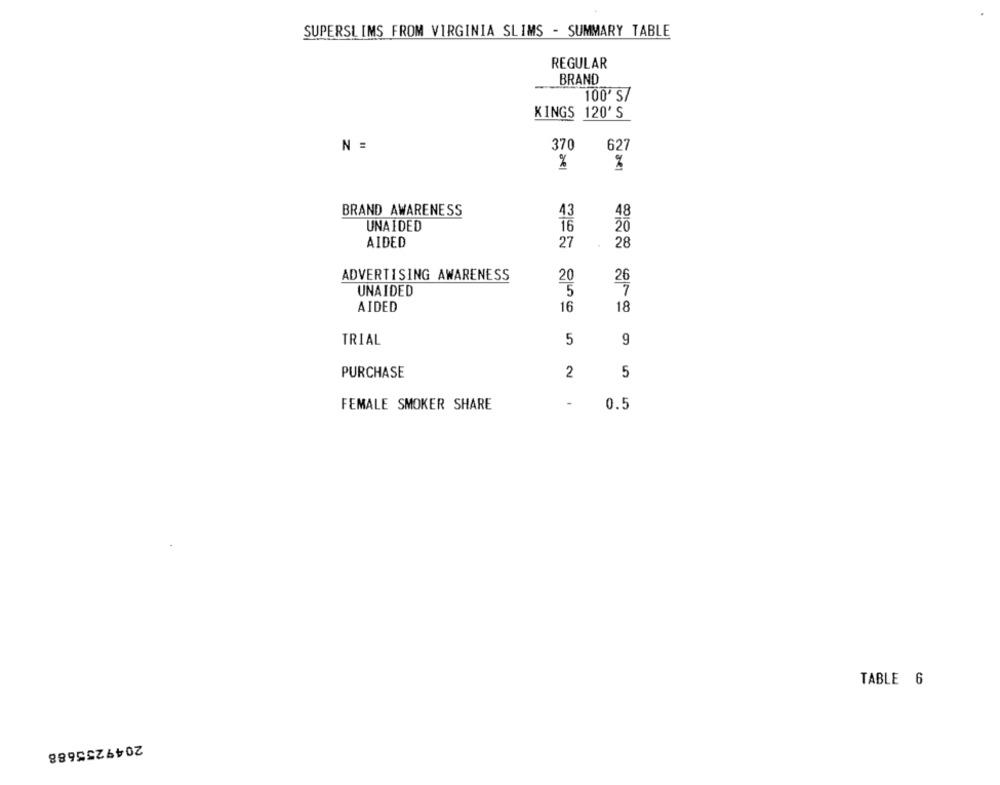
SUPERSLIMS FROM VIRGINIA SLIMS - SUMMARY TABLE
REGULAR
BRAND
100' S7
KINGS 120'S
N =
370
627
%
BRAND AWARENESS
43
48
UNAIDED
16
20
AIDED
27
28
ADVERTISING AWARENESS
20
20
UNAIDED
5
AIDED
16
18
TRIAL
5
9
PURCHASE
2
5
FEMALE SMOKER SHARE
0.5
TABLE 6
2049255688